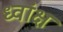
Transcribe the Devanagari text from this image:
ध्वांक्ष